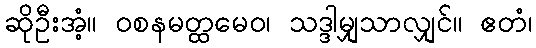
ဆိုဦးအံ့။ ဝစနမတ္ထမေဝ၊ သဒ္ဒါမျှသာလျှင်။ ဧတံ၊